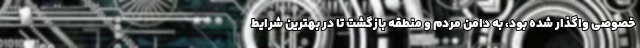
خصوصی واگذار شده بود، به دامن مردم و منطقه بازگشت تا در بهترین شرایط